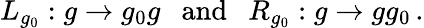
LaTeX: L_{g_{0}}:g\rightarrow g_{0}g\ \ \ \mathrm{and}\ \ \ R_{g_{0}}:g\rightarrow gg_{0}\, .